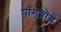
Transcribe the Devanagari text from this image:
पांगबोचे